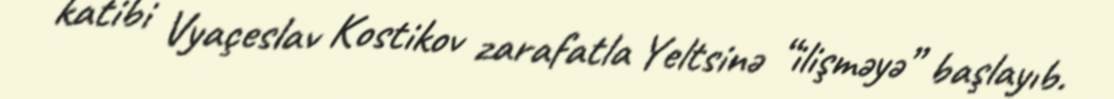
katibi Vyaçeslav Kostikov zarafatla Yeltsinə “ilişməyə” başlayıb.